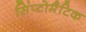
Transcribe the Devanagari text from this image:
सिंप्टोमैटिक